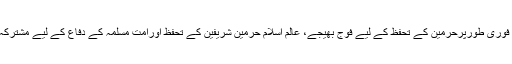
حکومت پاکستان فوری طورپرحرمین کے تحفظ کے لیے فوج بھیجے، عالم اسلام حرمین شریفین کے تحفظ اورامت مسلمہ کے دفاع کے لیے مشترکہ فوج تشکیل دے۔